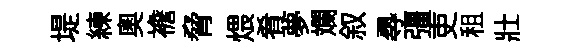
堤練奧襜脅煨肴夢斕叙𡬶彊吏租壯